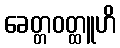
ခေတ္တဝတ္ထူဟိ